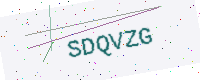
Text: SDQVZG